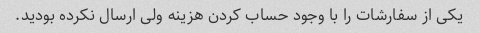
یکی از سفارشات را با وجود حساب کردن هزینه ولی ارسال نکرده بودید.